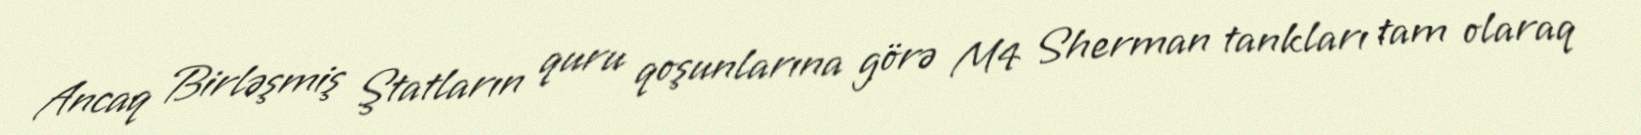
Ancaq Birləşmiş Ştatların quru qoşunlarına görə M4 Sherman tankları tam olaraq